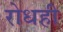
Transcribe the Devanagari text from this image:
रोधही